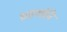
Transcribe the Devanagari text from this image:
ग्रहयोनि